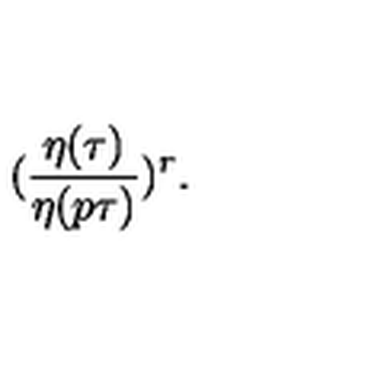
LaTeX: ( \frac { \eta ( { \tau } ) } { \eta ( p \tau ) } ) ^ { r } .